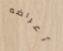
أعراضه